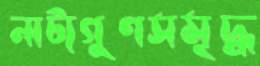
নাট্যগুণসমৃদ্ধ